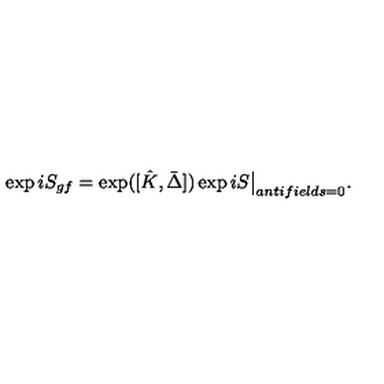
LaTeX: \exp i S _ { g f } = \exp ( [ \hat { K } , \bar { \Delta } ] ) \exp i S \big \vert _ { a n t i f i e l d s = 0 } .